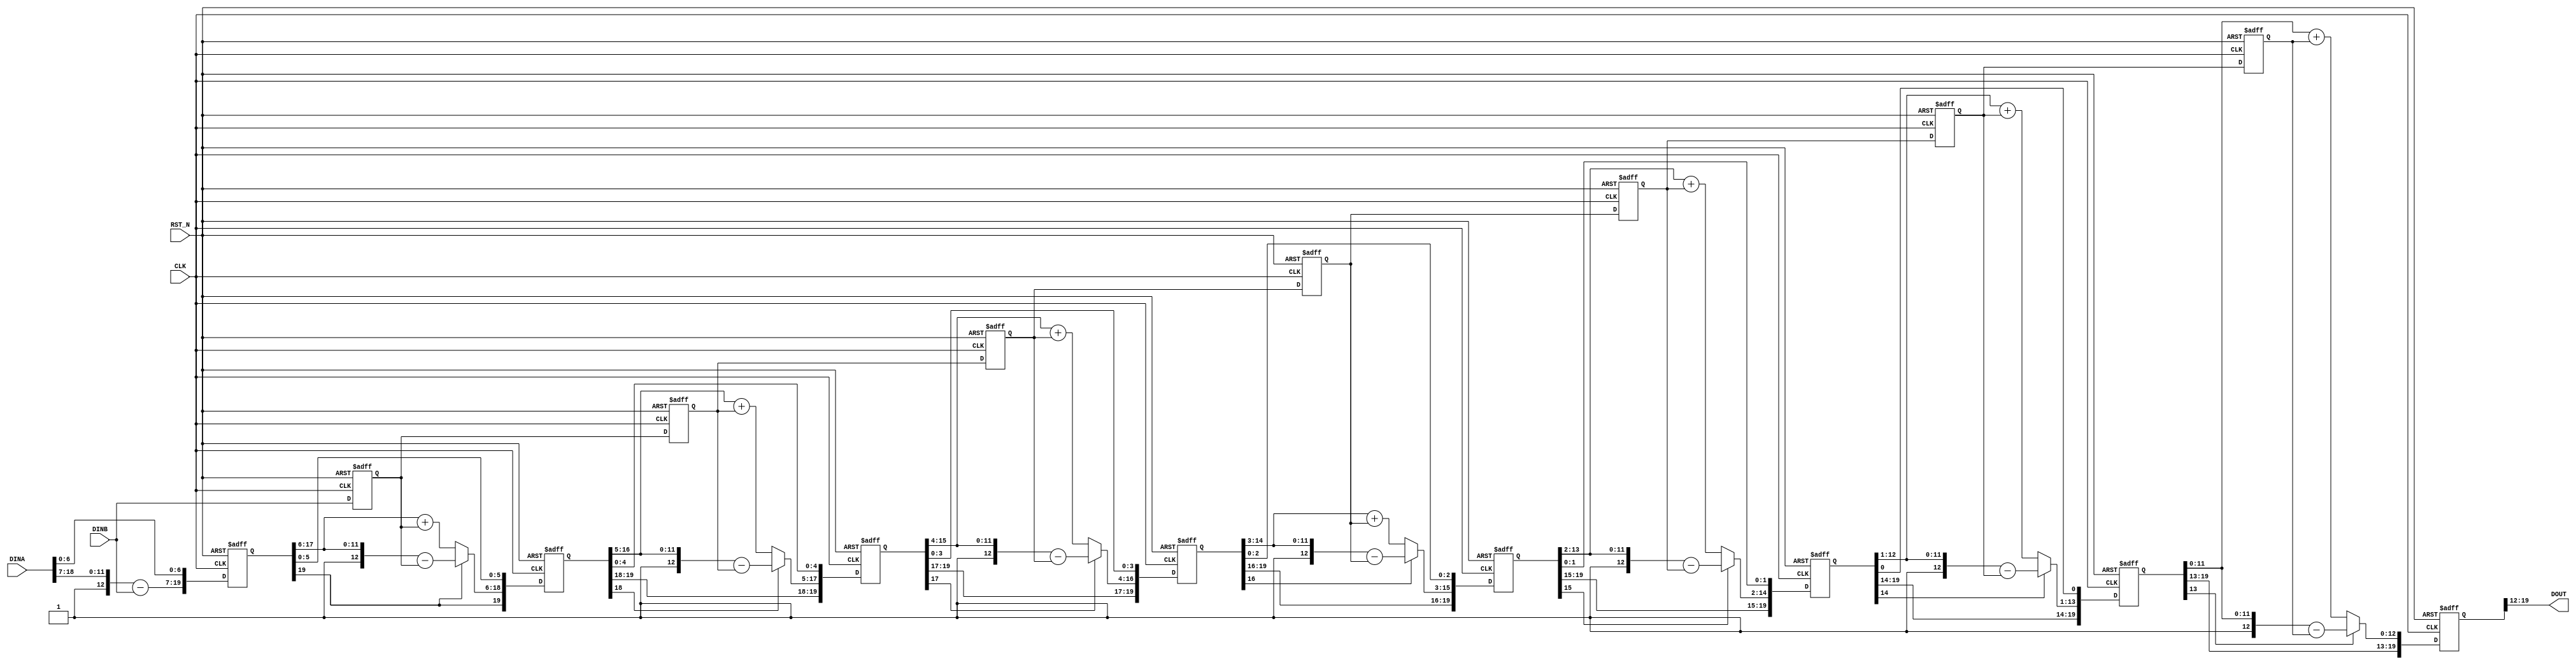
/*
 * Copyright (C)2006-2015 AQUAXIS TECHNOLOGY.
 *  Don't remove this header. 
 * When you use this source, there is a need to inherit this header.
 *
 * License
 *  For no commercial -
 *   License:     The Open Software License 3.0
 *   License URI: http://www.opensource.org/licenses/OSL-3.0
 *
 *  For commmercial -
 *   License:     AQUAXIS License 1.0
 *   License URI: http://www.aquaxis.com/licenses
 *
 * For further information please contact.
 *	URI:    http://www.aquaxis.com/
 */
module aq_div19x11(
	input			RST_N,
	input			CLK,
	input [18:0]	DINA,
	input [10:0]	DINB,
	output [7:0]	DOUT
);

reg [19:0] r1r, r2r, r3r, r4r, r5r, r6r, r7r, r8r;
reg [10:0] s1r, s2r, s3r, s4r, s5r, s6r, s7r;

always @(negedge RST_N or posedge CLK) begin
	if(!RST_N) begin
		r1r <= 20'd0;
		r2r <= 20'd0;
		r3r <= 20'd0;
		r4r <= 20'd0;
		r5r <= 20'd0;
		r6r <= 20'd0;
		r7r <= 20'd0;
		r8r <= 20'd0;
		s1r <= 11'd0;
		s2r <= 11'd0;
		s3r <= 11'd0;
		s4r <= 11'd0;
		s5r <= 11'd0;
		s6r <= 11'd0;
		s7r <= 11'd0;
	end else begin
		// 1st
		r1r[19:7]	<= ({1'b 1,DINA[18:7] }) - ({2'b 00,DINB});
		r1r[6:0]	<= DINA[6:0] ;
		s1r 		<= DINB;
		// 2nd
		if((r1r[19] == 1'b 0)) begin
			r2r[18:6]	<= ({1'b 0,r1r[17:6] }) + ({2'b 00,s1r});
		end else begin
			r2r[18:6]	<= ({1'b 1,r1r[17:6] }) - ({2'b 00,s1r});
		end
		r2r[19]		<= r1r[19] ;
		r2r[5:0]	<= r1r[5:0] ;
		s2r 		<= s1r;
		// 3rd
		if((r2r[18] == 1'b 0)) begin
			r3r[17:5]	<= ({1'b 0,r2r[16:5] }) + ({2'b 00,s2r});
		end else begin
			r3r[17:5]	<= ({1'b 1,r2r[16:5] }) - ({2'b 00,s2r});
		end
		r3r[19:18]	<= r2r[19:18] ;
		r3r[4:0]	<= r2r[4:0] ;
		s3r 		<= s2r;
		// 4th
		if((r3r[17] == 1'b 0)) begin
			r4r[16:4]	<= ({1'b 0,r3r[15:4] }) + ({2'b 00,s3r});
		end else begin
			r4r[16:4]	<= ({1'b 1,r3r[15:4] }) - ({2'b 00,s3r});
		end
		r4r[19:17]	<= r3r[19:17] ;
		r4r[3:0]	<= r3r[3:0] ;
		s4r 		<= s3r;
		// 5th
		if((r4r[16] == 1'b 0)) begin
			r5r[15:3]	<= ({1'b 0,r4r[14:3] }) + ({2'b 00,s4r});
		end else begin
			r5r[15:3]	<= ({1'b 1,r4r[14:3] }) - ({2'b 00,s4r});
		end
		r5r[19:16]	<= r4r[19:16] ;
		r5r[2:0]	<= r4r[2:0] ;
		s5r 		<= s4r;
		// 6th
		if((r5r[15] == 1'b 0)) begin
			r6r[14:2]	<= ({1'b 0,r5r[13:2] }) + ({2'b 00,s5r});
		end else begin
			r6r[14:2]	<= ({1'b 1,r5r[13:2] }) - ({2'b 00,s5r});
		end
		r6r[19:15]	<= r5r[19:15] ;
		r6r[1:0]	<= r5r[1:0] ;
		s6r 		<= s5r;
		// 7th
		if((r6r[14] == 1'b 0)) begin
			r7r[13:1]	<= ({1'b 0,r6r[12:1] }) + ({2'b 00,s6r});
		end else begin
			r7r[13:1]	<= ({1'b 1,r6r[12:1] }) - ({2'b 00,s6r});
		end
		r7r[19:14]	<= r6r[19:14] ;
		r7r[0]		<= r6r[0] ;
		s7r 		<= s6r;
		// 8th
		if((r7r[13] == 1'b 0)) begin
			r8r[12:0]	<= ({1'b 0,r7r[11:0] }) + ({2'b 00,s7r});
		end else begin
			r8r[12:0]	<= ({1'b 1,r7r[11:0] }) - ({2'b 00,s7r});
		end
		r8r[19:13]	<= r7r[19:13] ;
    end
end

assign DOUT = r8r[19:12] ;

endmodule